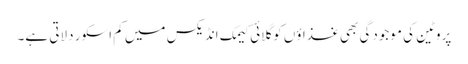
پروٹین کی موجودگی بھی غذاؤں کو گلائی کیمک انڈیکس میں کم اسکور دلاتی ہے۔